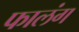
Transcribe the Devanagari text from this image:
फालंग